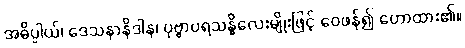
အဓိပ္ပါယ်၊ ဒေသနာနိဒါန၊ ပုဗ္ဗာပရသန္ဓိလေးမျိုးဖြင့် ဝေဖန်၍ ဟောထား၏။